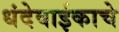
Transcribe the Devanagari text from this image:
धंदेवाईकाचे